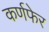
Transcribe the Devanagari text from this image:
कर्णफेर